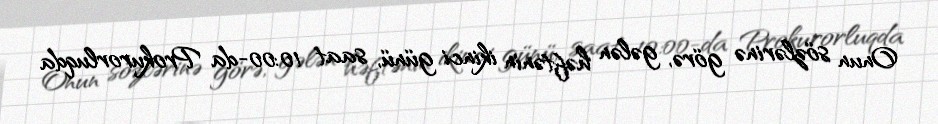
Onun sözlərinə görə, gələn həftənin ikinci günü, saat 10:00-da Prokurorluqda